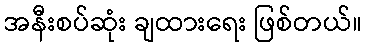
အနီးစပ်ဆုံး ချထားရေး ဖြစ်တယ်။